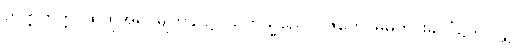
တတ္တတတ္တ၊ ထိုထိုအရပ်မျက်နှာ၌။ သကသ္မိညေဝဝိဇိတေ၊ မိမိတိုင်းနိုင်ငံ၌သာလျှင်။